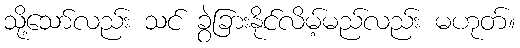
သို့သော်လည်း သင် ခွဲခြားနိုင်လိမ့်မည်လည်း မဟုတ်။